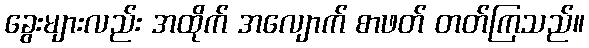
ခွေးများလည်း အထိုက် အလျောက် စာဖတ် တတ်ကြသည်။